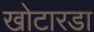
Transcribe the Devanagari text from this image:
खोटारडा